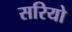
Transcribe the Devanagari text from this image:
सरियो